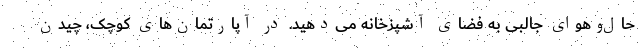
حال‌وهوای جالبی به فضای آشپزخانه می‌دهید. در آپارتمان‌های کوچک، چیدن